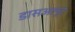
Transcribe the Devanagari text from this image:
डासअल्ट